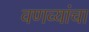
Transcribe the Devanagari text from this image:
वणव्यांचा